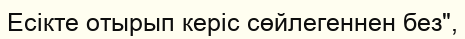
Есікте отырып керіс сөйлегеннен без",